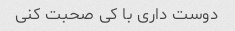
دوست داری با کی صحبت کنی